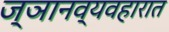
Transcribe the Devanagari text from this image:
ज्ञानव्यवहारात